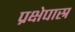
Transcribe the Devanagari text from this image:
प्रक्षेपास्र